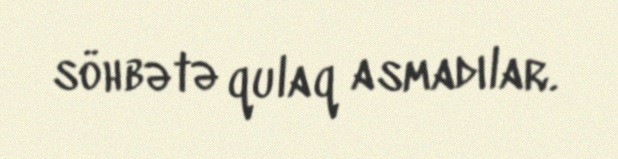
söhbətə qulaq asmadılar.